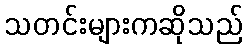
သတင်းများကဆိုသည်